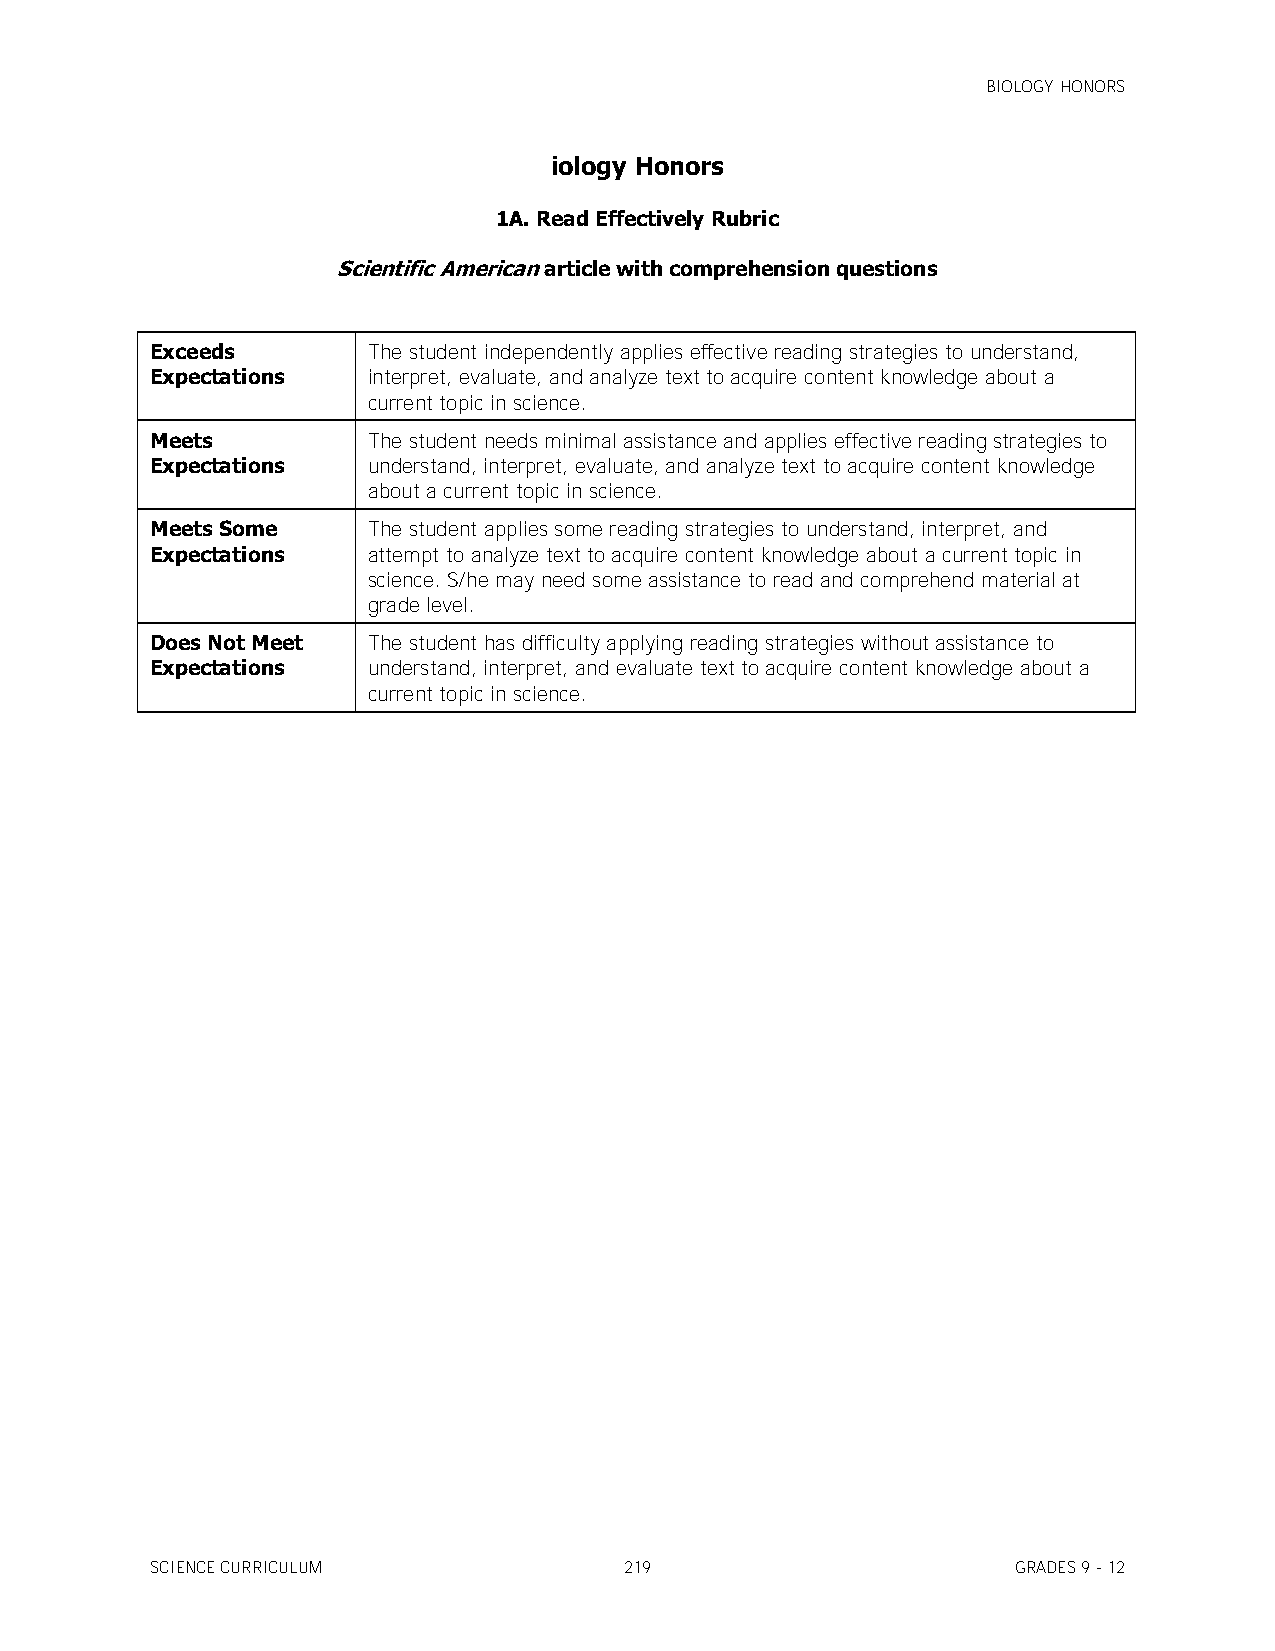
BIOLOGY HONORS
 iology Honors
 1A. Read Effectively Rubric
 Scientific American article with comprehension questions
 Exceeds       The student independently applies effective reading strategies to understand,
 Expectations  interpret, evaluate, and analyze text to acquire content knowledge about a
 current topic in science.
 Meets         The student needs minimal assistance and applies effective reading strategies to
 Expectations  understand, interpret, evaluate, and analyze text to acquire content knowledge
 about a current topic in science.
 Meets Some    The student applies some reading strategies to understand, interpret, and
 Expectations  attempt to analyze text to acquire content knowledge about a current topic in
 science. S/he may need some assistance to read and comprehend material at
 grade level.
 Does Not Meet The student has difficulty applying reading strategies without assistance to
 Expectations  understand, interpret, and evaluate text to acquire content knowledge about a
 current topic in science.
 SCIENCE CURRICULUM             219                       GRADES 9 - 12